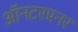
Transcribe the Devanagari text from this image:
ऑनटरप्रनर